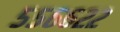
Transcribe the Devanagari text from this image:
५५६६२२